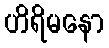
ဟိရိမနော